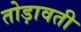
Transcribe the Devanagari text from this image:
तोड़ावती